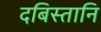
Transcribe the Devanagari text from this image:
दबिस्तानि